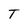
Character: T